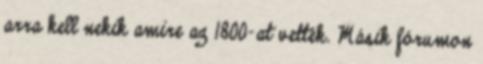
arra kell nekik amire az 1800-at vették. Másik fórumon